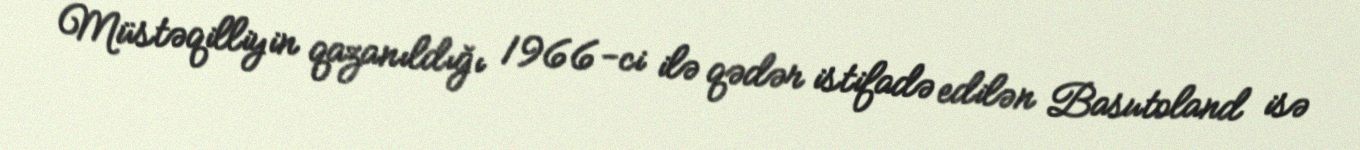
Müstəqilliyin qazanıldığı 1966-ci ilə qədər istifadə edilən Basutoland isə